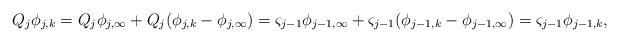
LaTeX: \begin{align*}Q_{j}\phi{}_{j,k}=Q_{j}\phi{}_{j,\infty}+Q_{j}(\phi{}_{j,k}-\phi{}_{j,\infty})=\varsigma_{j-1}\phi{}_{j-1,\infty}+\varsigma_{j-1}(\phi{}_{j-1,k}-\phi{}_{j-1,\infty})=\varsigma_{j-1}\phi{}_{j-1,k},\end{align*}